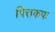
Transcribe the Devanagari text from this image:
पित्तकफ